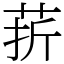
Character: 䓆